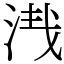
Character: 𣴮